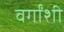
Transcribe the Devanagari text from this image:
वर्गांशी